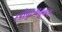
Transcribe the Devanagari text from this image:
स्त्रीपुरूषतुलना